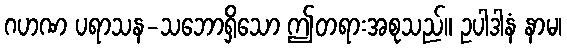
ဂဟဏ ပရာသန-သဘောရှိသော ဤတရားအစုသည်။ ဥပါဒါနံ နာမ၊